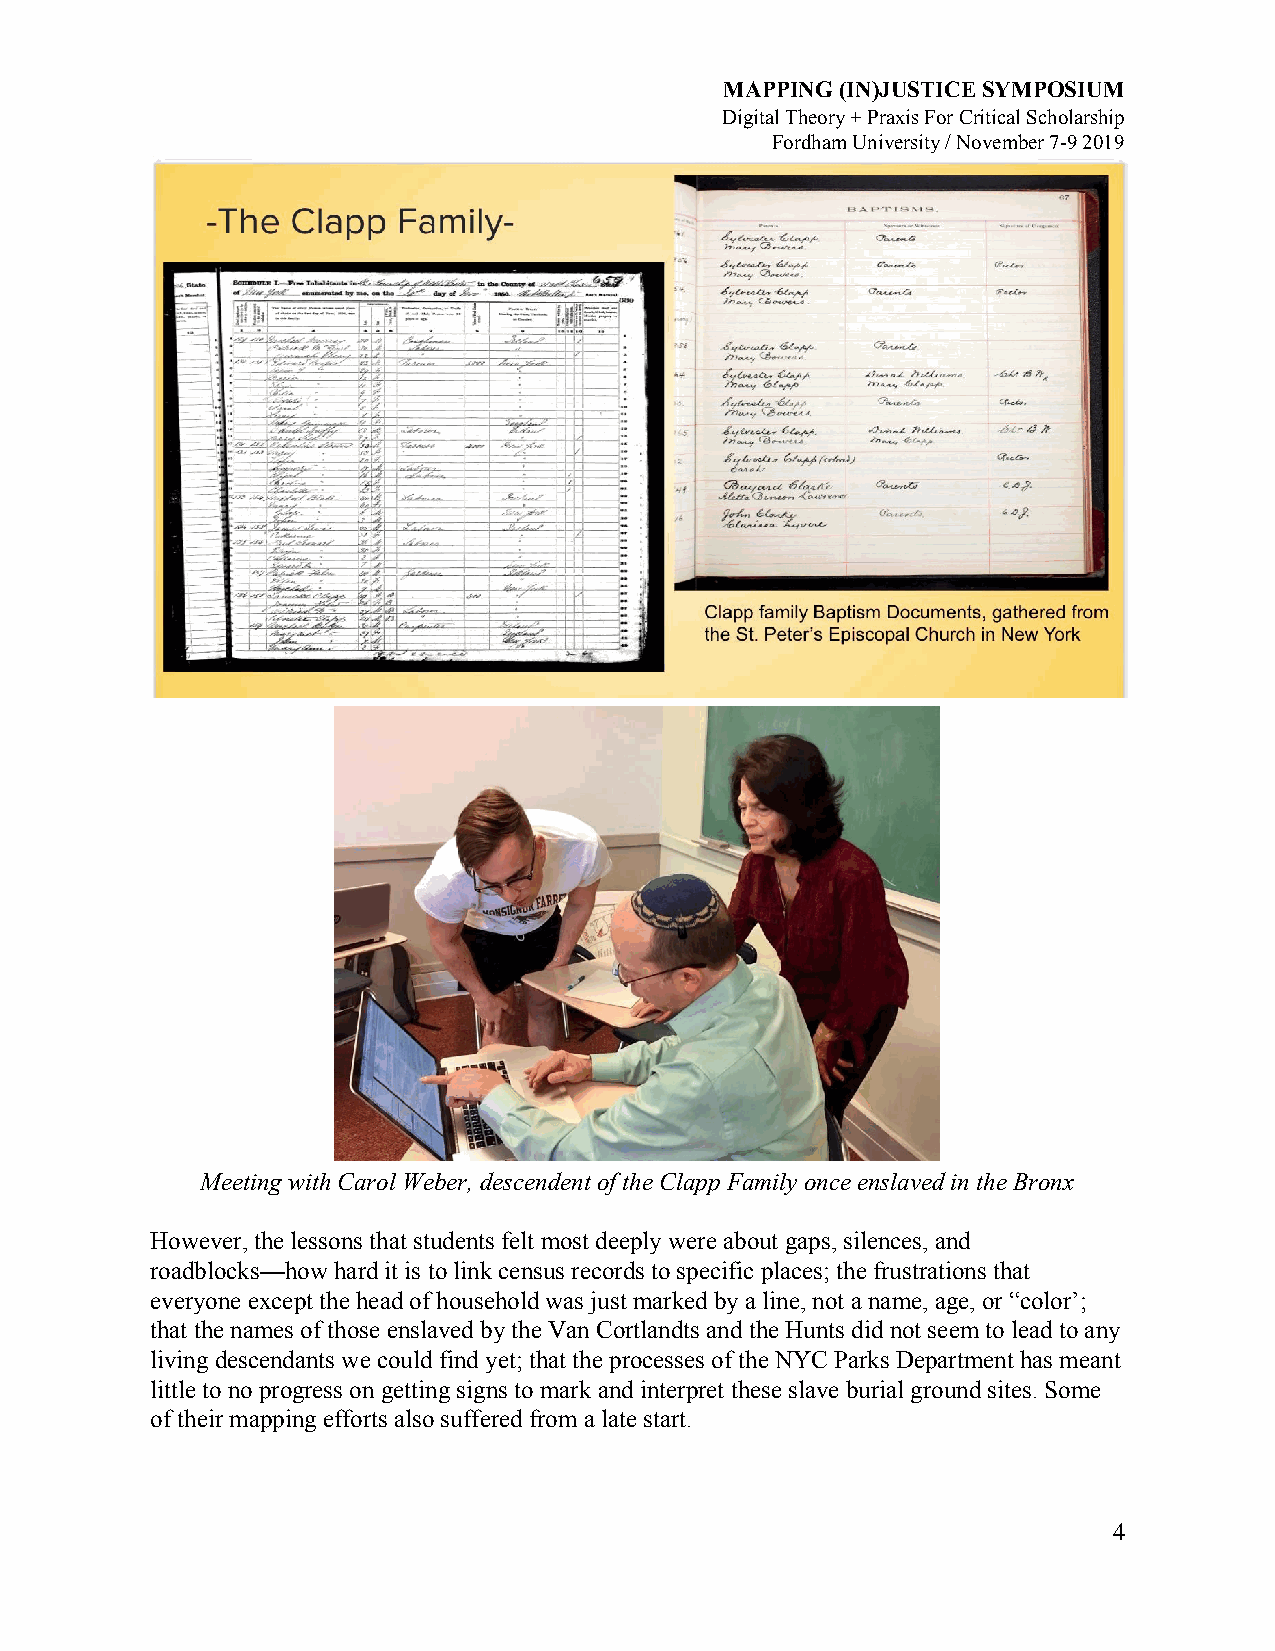
MAPPING (IN)JUSTICE SYMPOSIUM
 Digital Theory + Praxis For Critical Scholarship
 Fordham University / November 7-9 2019
 Meeting with Carol Weber, descendent of the Clapp Family once enslaved in the Bronx
 However, the lessons that students felt most deeply were about gaps, silences, and
 roadblocks—how hard it is to link census records to specific places; the frustrations that
 everyone except the head of household was just marked by a line, not a name, age, or “color’;
 that the names of those enslaved by the Van Cortlandts and the Hunts did not seem to lead to any
 living descendants we could find yet; that the processes of the NYC Parks Department has meant
 little to no progress on getting signs to mark and interpret these slave burial ground sites. Some
 of their mapping efforts also suffered from a late start.
 4